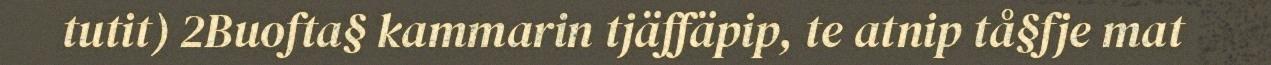
tutit) 2Buofta§ kammarin tjäffäpip, te atnip tå§fje mat